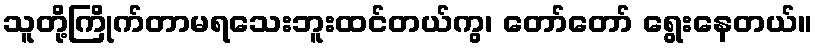
သူတို့ကြိုက်တာမရသေးဘူးထင်တယ်ကွ၊ တော်တော် ရွေးနေတယ်။